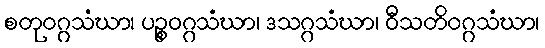
စတုဝဂ္ဂသံဃာ၊ ပဉ္စဝဂ္ဂသံဃာ၊ ဒသဂ္ဂသံဃာ၊ ဝီသတိဝဂ္ဂသံဃာ၊